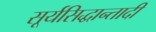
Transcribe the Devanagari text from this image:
सूर्यसिद्धान्तादी